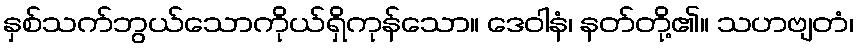
နှစ်သက်ဘွယ်သောကိုယ်ရှိကုန်သော။ ဒေဝါနံ၊ နတ်တို့၏။ သဟဗျတံ၊